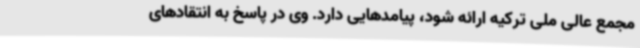
مجمع عالی ملی ترکیه ارائه شود، پیامدهایی دارد. وی در پاسخ به انتقادهای